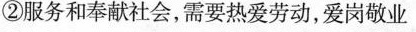
②服务和奉献社会，需要热爱劳动，爱岗敬业